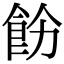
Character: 𩚝